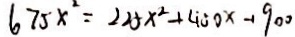
6 7 5 x ^ { 2 } = 2 2 5 x ^ { 2 } + 4 0 0 x - 1 9 0 0